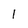
Character: 1